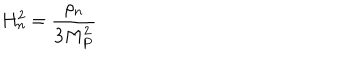
H _ { n } ^ { 2 } = { \frac { \rho _ { n } } { 3 M _ { P } ^ { 2 } } }